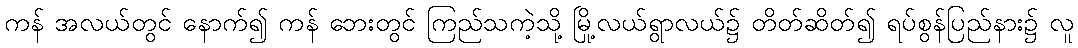
ကန် အလယ်တွင် နောက်၍ ကန် ဘေးတွင် ကြည်သကဲ့သို့ မြို့လယ်ရွာလယ်၌ တိတ်ဆိတ်၍ ရပ်စွန်ပြည်နား၌ လူ